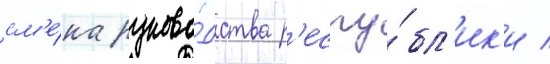
см'е́на руково́дства р'еспу́бл'ик'и /